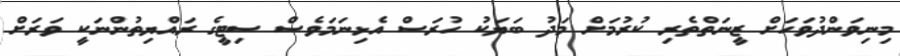
މިނިވަންދުވަހަށް ޒީނަތްތެރި ކުރުމަށް މަދު ބަޔަކު ހުރަސް އެޅިނަމަވެސް ސިޓީގެ ރައްޔިތުންނަކީ ވަރަށް